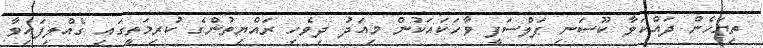
ތިޔަހެން ދައްކަވާ ކޫސަނި ފަލްސަފީ ވާހަކައަކުން މިއަދު ދިވެހި ރައްޔިތުންގެ ކުރިމަތީގައި ގެއްލިފައިވާ